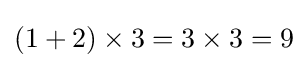
(1+2)\times 3=3\times 3=9